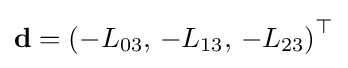
\mathbf {d} =\left(-L_{03},\,-L_{13},\,-L_{23}\right)^{\top }